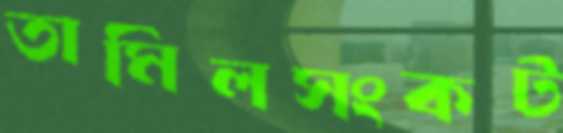
তামিলসংকট